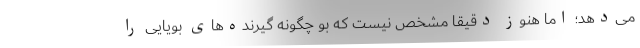
می‌دهد؛ اما هنوز دقیقا مشخص نیست که بو چگونه گیرنده‌های بویایی را